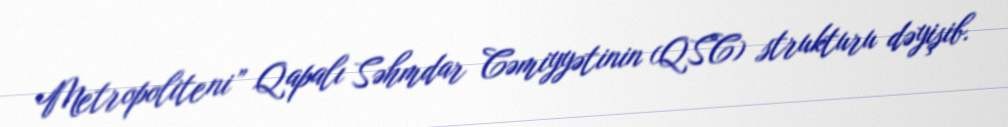
Metropoliteni” Qapalı Səhmdar Cəmiyyətinin (QSC) strukturu dəyişib.